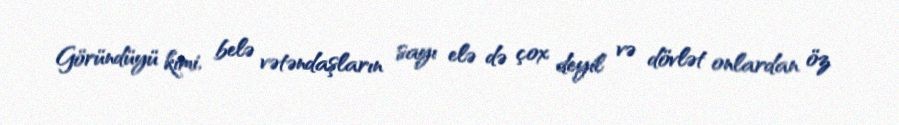
Göründüyü kimi, belə vətəndaşların sayı elə də çox deyil və dövlət onlardan öz